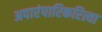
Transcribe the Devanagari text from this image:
अपारंपारिकरित्या